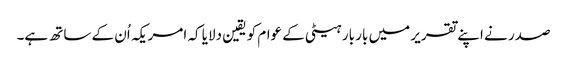
صدر نے اپنے تقریر میں بار بار ہیٹی کے عوام کو یقین دلایا کہ امریکہ اُن کے ساتھ ہے۔